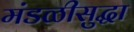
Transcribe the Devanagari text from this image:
मंडळीसुद्धा